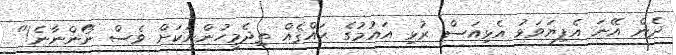
ދެން އޭނަ އެފިޔަވަޅު އެޅިއަސް ރުޅި އައުމުގެ ޙައްޤެއް ތިދެމީހުންނަކަށް ވެސް ނޯންނާނެ!"